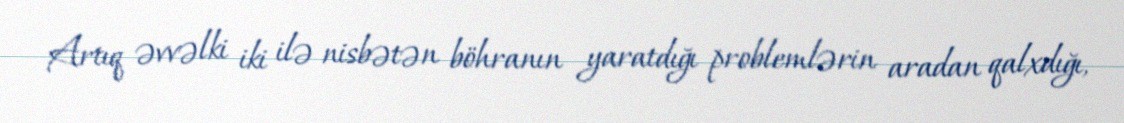
Artıq əvvəlki iki ilə nisbətən böhranın yaratdığı problemlərin aradan qalxdığı,